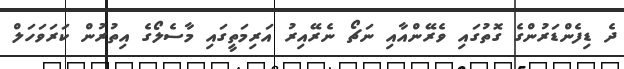
ދެ ޑިފެންޑަރުންގެ ގޮތުގައި ވެރޭންއާއި ނަޗޯ ނެރޭއިރު އަރިމަތީގައި މާސެލޯގެ އިތުރުން ކަރަވަހަލް